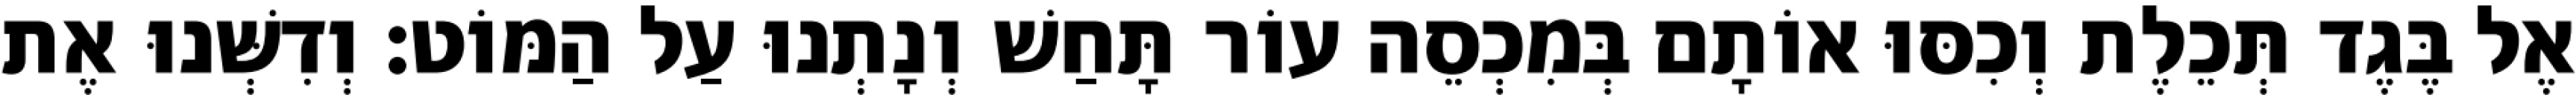
אֶל בֶּגֶד תְּכֵלֶת וְכִסּוּ אוֹתָם בְּמִכְסֵה עוֹר תָּחַשׁ וְנָתְנוּ עַל הַמּוֹט׃ וְדִשְּׁנוּ אֶת